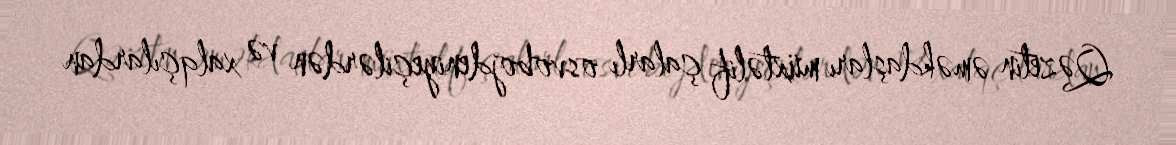
Qəzetin əməkdaşları müxtəlif çalarlı osvobojdeniyeçilərdən və xalqçılardan